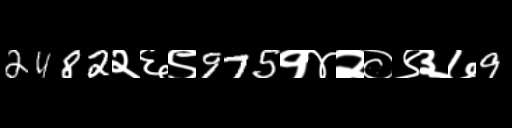
Text: 2482२६९975१४२०९३७9